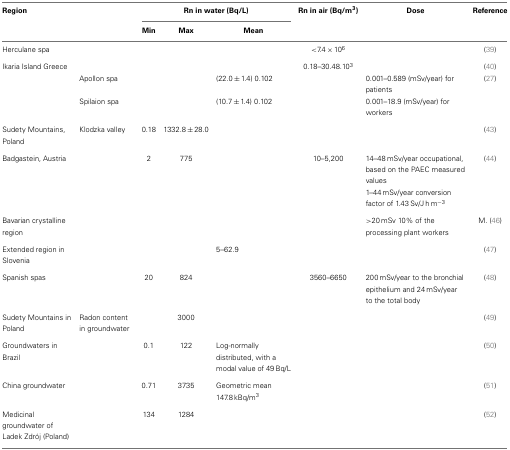
| Region |  | <COLSPAN=3> Rn in water (Bq/L) | Rn in air (Bq/m3) | Dose | Reference |
 |  |  | Min | Max | Mean |  |
 | --- | --- | --- | --- | --- | --- | --- | --- |
 | Herculane spa |  |  |  |  | <7.4 × 106 |  | (39) |
 | Ikaria Island Greece |  |  |  |  | 0.18–30.48.103 |  | (40) |
 |  | Apollon spa |  |  | (22.0 ± 1.4) 0.102 |  | 0.001–0.589 (mSv/year) for patients | (27) |
 |  | Spilaion spa |  |  | (10.7 ± 1.4) 0.102 |  | 0.001–18.9 (mSv/year) for workers |  |
 | Sudety Mountains, Poland | Klodzka valley | 0.18 | 1332.8 ± 28.0 |  |  |  | (43) |
 | Badgastein, Austria |  | 2 | 775 |  | 10–5,200 | 14–48 mSv/year occupational, based on the PAEC measured values | (44) |
 |  |  |  |  |  |  | 1–44 mSv/year conversion factor of 1.43 Sv/J h m−3 |  |
 | Bavarian crystalline region |  |  |  |  |  | >20 mSv 10% of the processing plant workers | M. (46) |
 | Extended region in Slovenia |  |  |  | 5–62.9 |  |  | (47) |
 | Spanish spas |  | 20 | 824 |  | 3560–6650 | 200 mSv/year to the bronchial epithelium and 24 mSv/year to the total body | (48) |
 | Sudety Mountains in Poland | Radon content in groundwater |  | 3000 |  |  |  | (49) |
 | Groundwaters in Brazil |  | 0.1 | 122 | Log-normally distributed, with a modal value of 49 Bq/L |  |  | (50) |
 | China groundwater |  | 0.71 | 3735 | Geometric mean 147.8 kBq/m3 |  |  | (51) |
 | Medicinal groundwater of Ladek Zdrój (Poland) |  | 134 | 1284 |  |  |  | (52) |